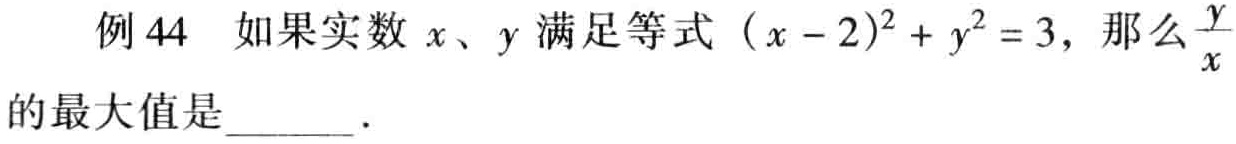
例44 如果实数\(x、y\)满足等式\((x - 2)^2 + y^2 = 3\)，那么\(\frac{y}{x}\)的最大值是______.